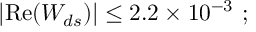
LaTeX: \left| \mathrm { R e } ( W _ { d s } ) \right| \leq 2 . 2 \times 1 0 ^ { - 3 } ~ ;